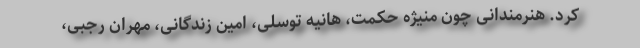
کرد. هنرمندانی چون منیژه حکمت، هانیه توسلی، امین زندگانی، مهران رجبی،